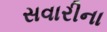
સવારીના